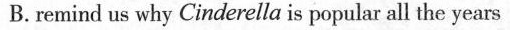
B.remind us why Cinderella is popular all the years